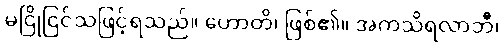
မငြိုငြင်သဖြင့်ရသည်။ ဟောတိ၊ ဖြစ်၏။ အကသိရလာဘီ၊